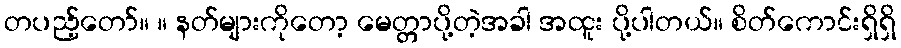
တပည့်တော်။ ။ နတ်များကိုတော့ မေတ္တာပို့တဲ့အခါ အထူး ပို့ပါတယ်။ စိတ်ကောင်းရှိရှိ